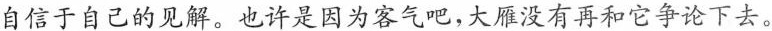
自信于自己的见解。也许是因为客气吧，大雁没有再和它争论下去。